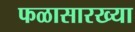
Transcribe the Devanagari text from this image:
फळासारख्या